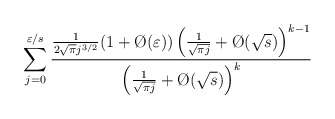
\begin{align*}\sum_{j=0}^{\varepsilon/s} \frac{\frac1{2\sqrt\pi j^{3/2}}(1+\O(\varepsilon))\left(\frac1{\sqrt{\pi j}}+\O(\sqrt s)\right)^{k-1}}{\left(\frac1{\sqrt{\pi j}}+\O(\sqrt s)\right)^k}\end{align*}